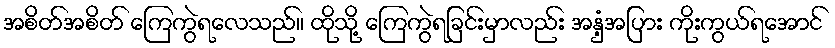
အစိတ်အစိတ် ကြေကွဲရလေသည်။ ထိုသို့ ကြေကွဲရခြင်းမှာလည်း အနှံ့အပြား ကိုးကွယ်ရအောင်